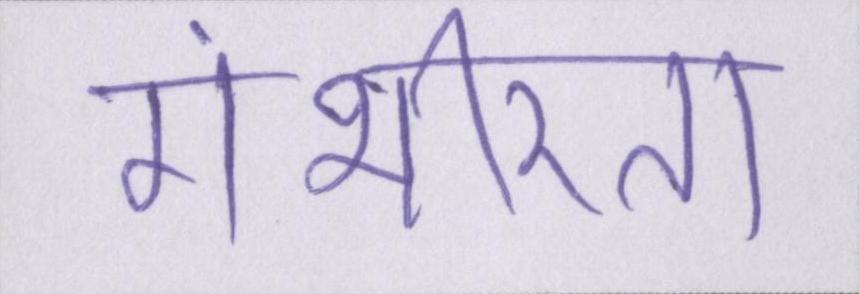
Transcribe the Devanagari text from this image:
गंभीरता